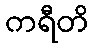
ကရီတိ